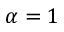
\alpha = 1